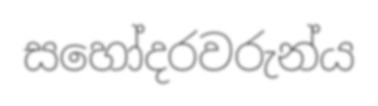
සහෝදරවරුන්ය